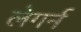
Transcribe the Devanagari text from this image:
लेगर्न